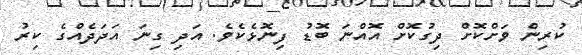
ކުރިން ވަށްކޮށް ދިގުކޮށް އޮއްނަ ބޮޑު ފިނޮޅެކެވެ. އަދި ގިނަ އަދަދެއްގެ ކިރު